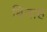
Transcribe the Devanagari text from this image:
बिनाह